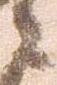
之